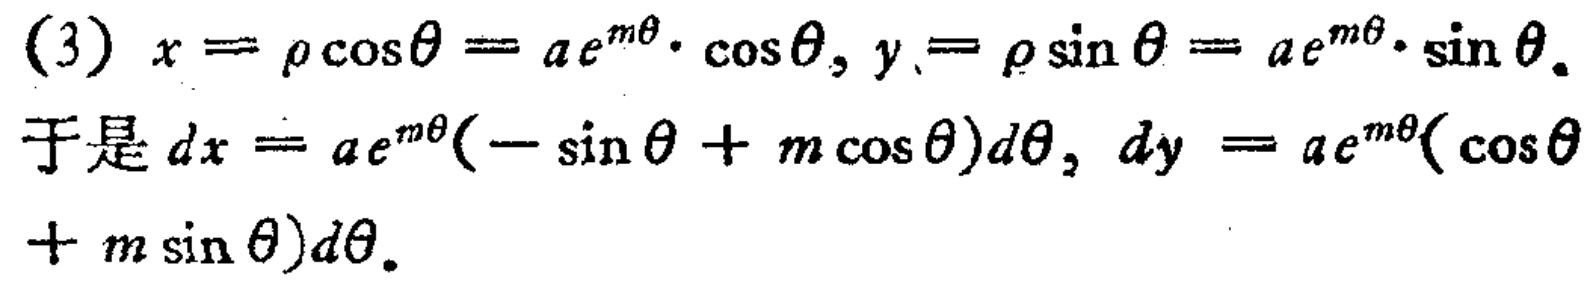
(3) \(x = \rho\cos\theta = a e^{m\theta}\cdot\cos\theta, y = \rho\sin\theta = a e^{m\theta}\cdot\sin\theta\)。
于是 \(dx = a e^{m\theta}(-\sin\theta + m\cos\theta)d\theta, dy = a e^{m\theta}(\cos\theta + m\sin\theta)d\theta\)。